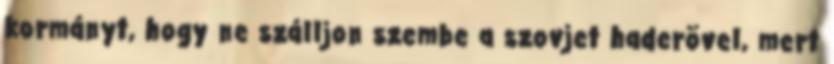
kormányt, hogy ne szálljon szembe a szovjet haderõvel, mert